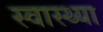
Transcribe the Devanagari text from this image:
स्‍वास्‍थ्‍या